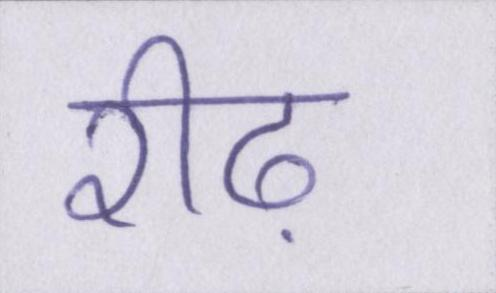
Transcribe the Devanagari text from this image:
रीढ़